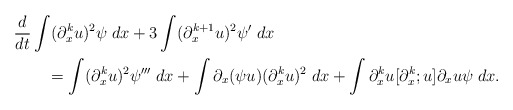
\begin{align*} &\frac{d}{dt} \int (\partial_x^ku)^2\psi \; dx + 3 \int (\partial_x^{k+1}u)^2\psi' \; dx \\&\qquad= \int (\partial_x^ku)^2\psi''' \; dx+ \int \partial_x(\psi u)(\partial_x^ku)^2 \; dx+ \int \partial_x^ku [\partial_x^k;u]\partial_xu\psi \; dx.\end{align*}